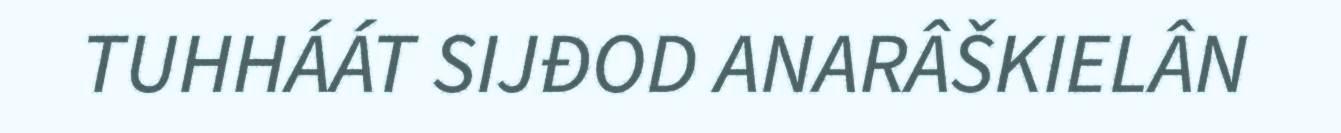
TUHHÁÁT SIJĐOD ANARÂŠKIELÂN